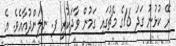
ރޭ ކުޅުނު ގަދަ 16ގެ މެޗުގައި ގަމުން ވާދަކުރީ ފ. ނިލަންދުއާއެވެ. އެ